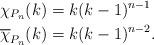
LaTeX: \begin{align*}\chi_{P_n}(k)&=k(k-1)^{n-1}\\\overline{\chi}_{P_n}(k)&=k(k-1)^{n-2}.\end{align*}